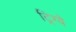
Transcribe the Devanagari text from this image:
ट्रिग्वे